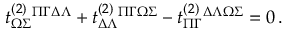
t _ { \Omega \Sigma } ^ { ( 2 ) } { } ^ { \Pi \Gamma } { } ^ { \Delta \Lambda } + t _ { \Delta \Lambda } ^ { ( 2 ) } { } ^ { \Pi \Gamma } { } ^ { \Omega \Sigma } - t _ { \Pi \Gamma } ^ { ( 2 ) } { } ^ { \Delta \Lambda } { } ^ { \Omega \Sigma } = 0 \, .